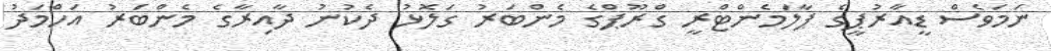
ނަމަވެސް ޑީއާރުޕީގެ ޕާލަމެންޓްރީ ގްރޫޕްގެ މެންބަރު ގަލޮޅު ދެކުނު ދާއިރާގެ މެންބަރު އަހްމަދު